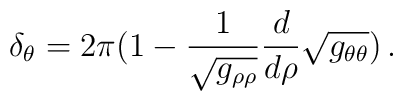
\delta _{\theta} = 2 \pi (1-\frac{1}{\sqrt{g _{\rho\rho}}} \frac{d}{d \rho} \sqrt{g_{\theta \theta}}) \, .